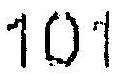
101